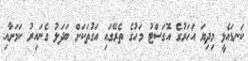
ކަނޑައެޅީ މިދިޔަ އަހަރުގެ އޮގަސްޓު މަހުގެ ތެރޭގައި އަގުތަކަށް ބަދަލު ގެނައިރު ކަމަށާއި